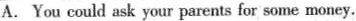
A. You could ask your parents for some money.